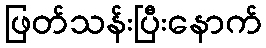
ဖြတ်သန်းပြီးနောက်